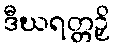
ဒီဃရတ္တဉှိ